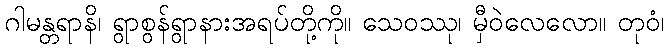
ဂါမန္တရာနိ၊ ရွာစွန်ရွာနားအရပ်တို့ကို။ သေဝဿု၊ မှီဝဲလေလော။ တုဝံ၊